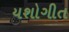
યશોગીત